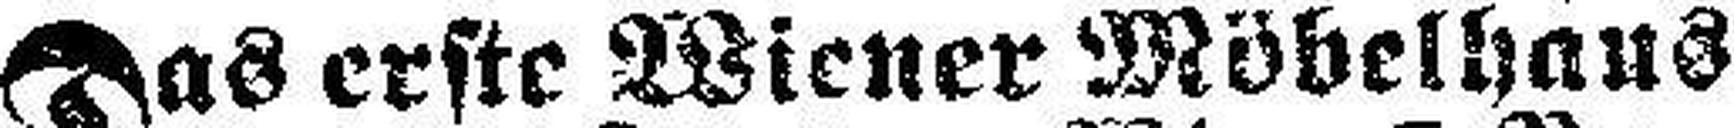
Das erste Wiener Möbelhaus